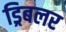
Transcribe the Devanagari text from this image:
ड्रिबलर